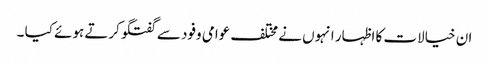
ان خیالات کا اظہار انہوں نے مختلف عوامی وفود سے گفتگوکرتے ہوئے کیا ۔